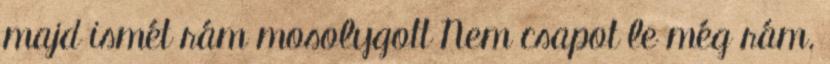
majd ismét rám mosolygott Nem csapot le még rám.